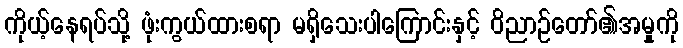
ကိုယ့်နေရပ်သို့ ဖုံးကွယ်ထားစရာ မရှိသေးပါကြောင်းနှင့် ဝိညာဉ်တော်၏အမှုကို